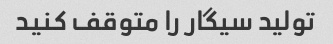
تولید سیگار را متوقف کنید